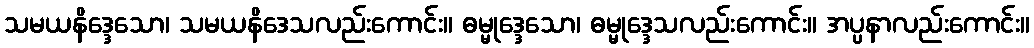
သမယနိဒ္ဒေသော၊ သမယနိဒေသလည်းကောင်း။ ဓမ္မုဒ္ဒေသော၊ ဓမ္မုဒ္ဒေသလည်းကောင်း။ အပ္ပနာလည်းကောင်း။